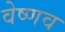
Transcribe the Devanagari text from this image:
वेष्णव